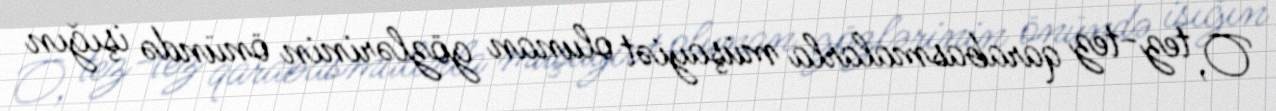
O, tez-tez qarabasmalarla müşayiət olunan gözlərinin önündə işığın